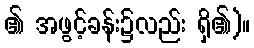
၏ အဖွင့်ခန်း၌လည်း ရှိ၏)။